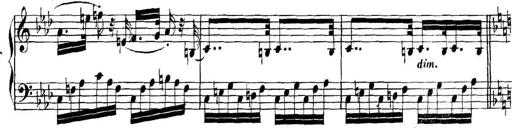
Title: Collected Piano Sonatas
Composer: Muzio Clementi